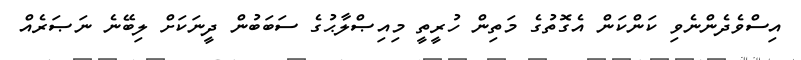
އިސްވެދެންނެވި ކަންކަން އެގޮތުގެ މަތިން ހުރީތީ މިއިޞްލާޙުގެ ސަބަބުން ދީނަކަށް ލިބޭނެ ނަޞަރެއް